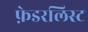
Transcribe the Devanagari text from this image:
फ़ेडरलिस्ट